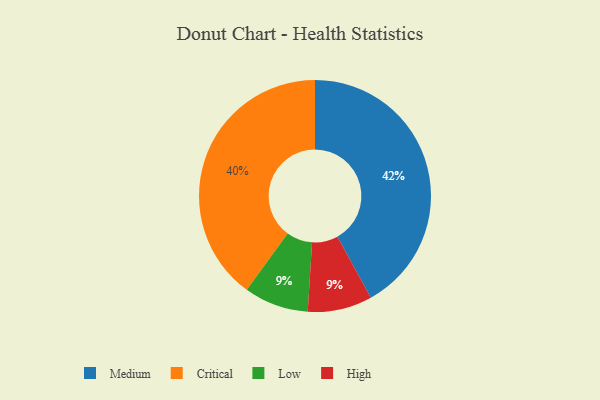
{"axis": {"x": "Category", "y": "Percentage"}, "legend": ["Critical", "High", "Low", "Medium"], "data": [{"x": "Low", "y": 9, "type": "Low"}, {"x": "High", "y": 9, "type": "High"}, {"x": "Critical", "y": 40, "type": "Critical"}, {"x": "Medium", "y": 42, "type": "Medium"}]}